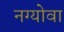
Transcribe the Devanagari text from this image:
नग्योवा